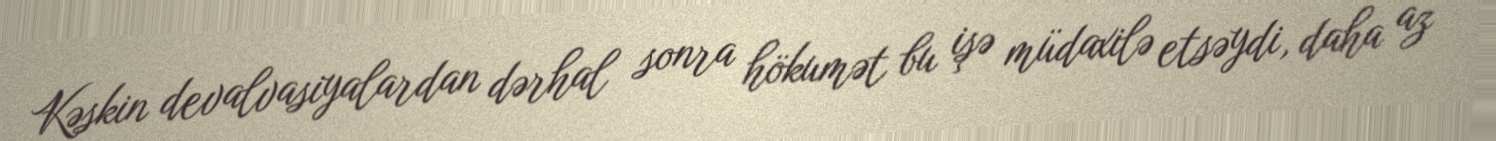
Kəskin devalvasiyalardan dərhal sonra hökumət bu işə müdaxilə etsəydi, daha az